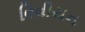
વિવીયન